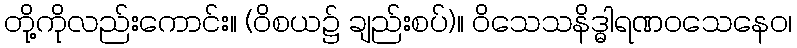
တို့ကိုလည်းကောင်း။ (ဝိစယ၌ ချည်းစပ်)။ ဝိသေသနိဒ္ဓါရဏဝသေနေဝ၊